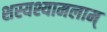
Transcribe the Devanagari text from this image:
शस्यश्यामलाम्